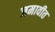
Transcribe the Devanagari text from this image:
जमावीत